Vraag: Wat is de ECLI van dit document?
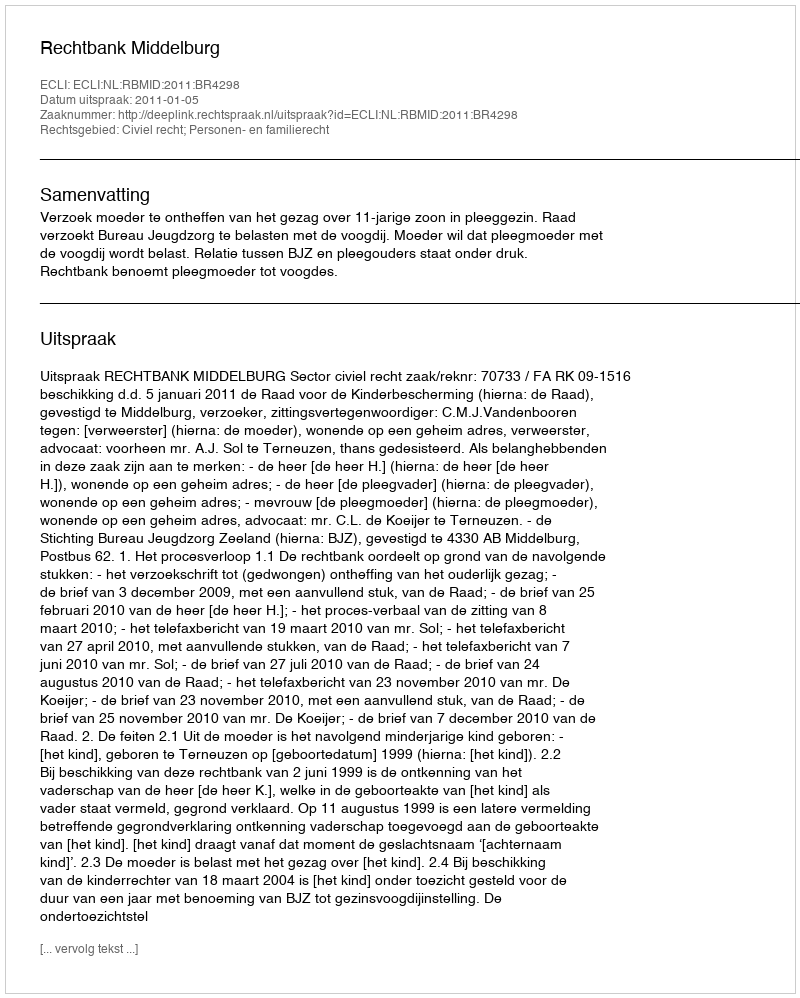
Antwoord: ECLI:NL:RBMID:2011:BR4298